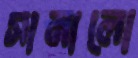
সামালো